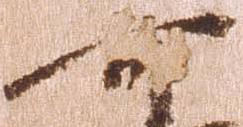
可